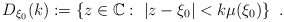
\begin{align*} D_{\xi_0}(k):=\left\lbrace z \in \mathbb{C}:\ |z-\xi_0|<k\mu(\xi_0)\right\rbrace\ .\end{align*}